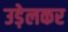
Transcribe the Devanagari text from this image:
उड़ेलकर